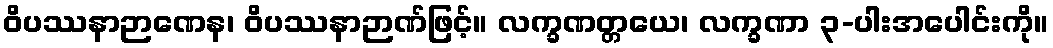
ဝိပဿနာဉာဏေန၊ ဝိပဿနာဉာဏ်ဖြင့်။ လက္ခဏတ္တယေ၊ လက္ခဏာ ၃-ပါးအပေါင်းကို။